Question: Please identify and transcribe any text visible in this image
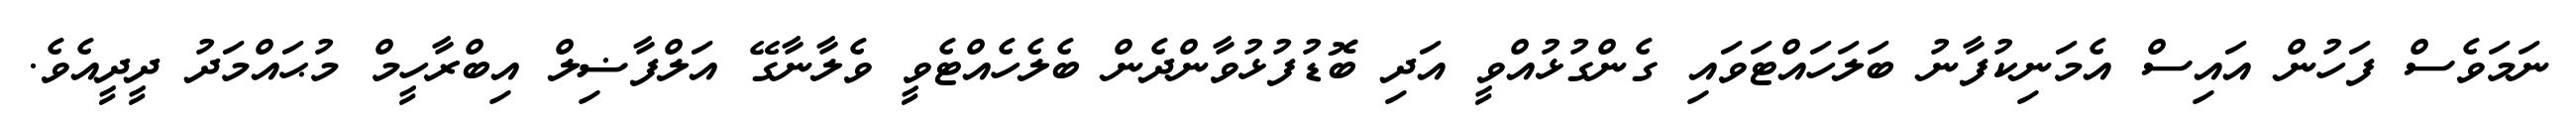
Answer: ނަމަވެސް ފަހުން އައިސް އެމަނިކުފާނު ބަލަހައްޓަވައި ގެންގުޅުއްވީ އަދި ބޮޑުފުޅުވާންދެން ބެލެހެއްޓެވީ ވެލާނާގޭ އަލްފާޟިލް އިބްރާހީމް މުޙައްމަދު ދީދީއެވެ.